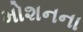
મોશનના